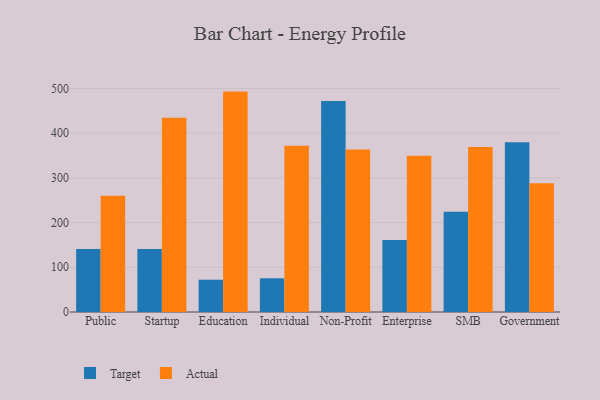
{"axis": {"x": "Segment", "y": "Humidity (%)"}, "legend": ["Actual", "Target"], "data": [{"x": "Public", "y": 141.2, "type": "Target"}, {"x": "Public", "y": 260.1, "type": "Actual"}, {"x": "Startup", "y": 141.2, "type": "Target"}, {"x": "Startup", "y": 434.6, "type": "Actual"}, {"x": "Education", "y": 72.2, "type": "Target"}, {"x": "Education", "y": 493.0, "type": "Actual"}, {"x": "Individual", "y": 75.4, "type": "Target"}, {"x": "Individual", "y": 371.9, "type": "Actual"}, {"x": "Non-Profit", "y": 471.7, "type": "Target"}, {"x": "Non-Profit", "y": 363.7, "type": "Actual"}, {"x": "Enterprise", "y": 160.8, "type": "Target"}, {"x": "Enterprise", "y": 349.7, "type": "Actual"}, {"x": "SMB", "y": 224.0, "type": "Target"}, {"x": "SMB", "y": 369.1, "type": "Actual"}, {"x": "Government", "y": 379.6, "type": "Target"}, {"x": "Government", "y": 288.1, "type": "Actual"}]}